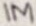
Text: 1M